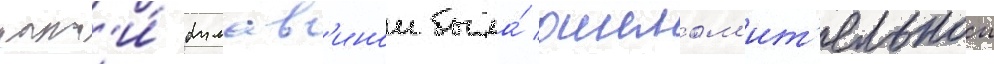
кат'и́ булав'инои была́ ошелом'ит'ельнои